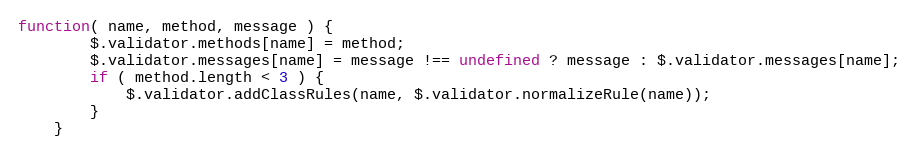
Language: JavaScript
function( name, method, message ) {
		$.validator.methods[name] = method;
		$.validator.messages[name] = message !== undefined ? message : $.validator.messages[name];
		if ( method.length < 3 ) {
			$.validator.addClassRules(name, $.validator.normalizeRule(name));
		}
	}